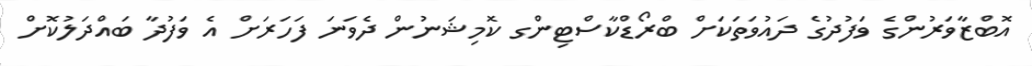
އޮބްޒާވަރުންގެ ވަފުދުގެ ދައުވަތަކަށް ބްރޯޑްކާސްޓިންގ ކޮމިޝަނުން ދެވަނަ ފަހަރަށް އެ ވަފުދާ ބައްދަލުކޮށް